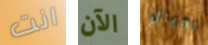
انت الآن رويال